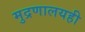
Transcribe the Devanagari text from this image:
मुद्रणालयही